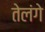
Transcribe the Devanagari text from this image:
तेलंगे